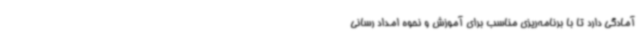
آمادگی دارد تا با برنامه‌ریزی مناسب برای آموزش و نحوه امداد رسانی